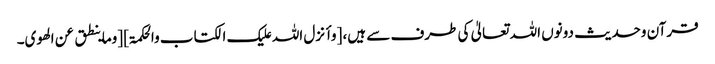
قرآن وحدیث دونوں اللہ تعالیٰ کی طرف سے ہیں، [وأنزل اللہ علیک الکتاب والحکمۃ] [وماینطق عن الھوی۔